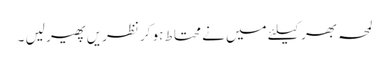
لمحہ بھر کیلئے میں نے محتاط ہو کر نظریں پھیر لیں ۔